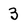
Character: 3